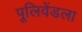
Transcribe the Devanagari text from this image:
पूलिवेंडला